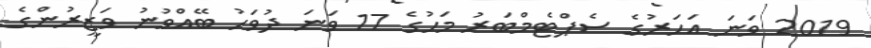
2019 ވަނަ އަހަރުގެ ސެޕްޓެމްބަރު މަހުގެ 17 ވަނަ ދުވަހު ބޭއްވުނު ވަޒީރުންގެ